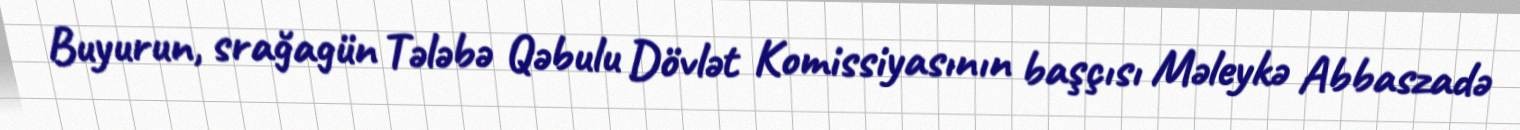
Buyurun, srağagün Tələbə Qəbulu Dövlət Komissiyasının başçısı Məleykə Abbaszadə